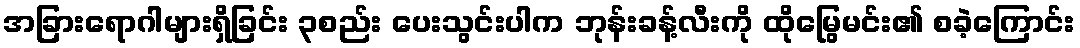
အခြားရောဂါများရှိခြင်း ၃စည်း ပေးသွင်းပါက ဘုန်းခန့်လီးကို ထိုမြွေမင်း၏ စခဲ့ကြောင်း